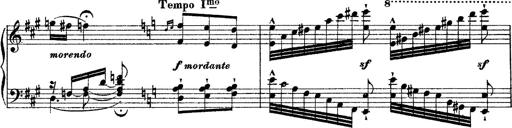
Title: Grande fantasie di bravura sur La clochette
Composer: Franz Liszt
Key: A minor